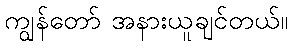
ကျွန်တော် အနားယူချင်တယ်။